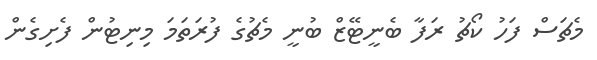
މެޗަސް ފަހު ކޯޗު ރަފާ ބެނީޓޭޒް ބުނީ މެޗުގެ ފުރަތަމަ މިނިޓުން ފެށިގެން